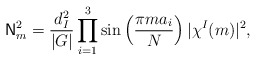
\begin{align*}{\sf N}_m^2 = \frac{d_I^2}{|G|}\prod_{i=1}^3\sin\left(\frac{\pi ma_i}{N}\right)|\chi^I(m)|^2,\end{align*}